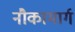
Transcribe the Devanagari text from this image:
नौकामार्ग